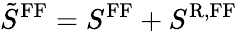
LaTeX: \tilde{S}^{\mathrm{FF}}=S^{\mathrm{FF}}+S^{\mathrm{R,FF}}